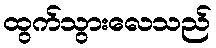
ထွက်သွားလေသည်